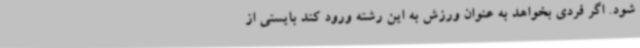
شود. اگر فردی بخواهد به عنوان ورزش به این رشته ورود کند بایستی از